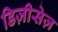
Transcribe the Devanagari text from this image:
डिज़ीसेज़